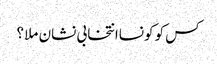
کس کو کونساانتخابی نشان ملا ؟